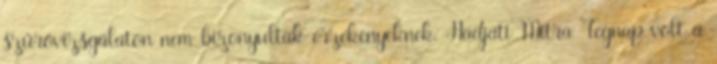
szűrővizsgálaton nem bizonyultak érzékenyeknek. Hadjati Mitra Tegnap volt a